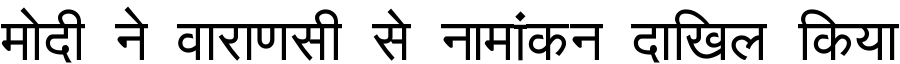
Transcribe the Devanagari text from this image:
मोदी ने वाराणसी से नामांकन दाखिल किया